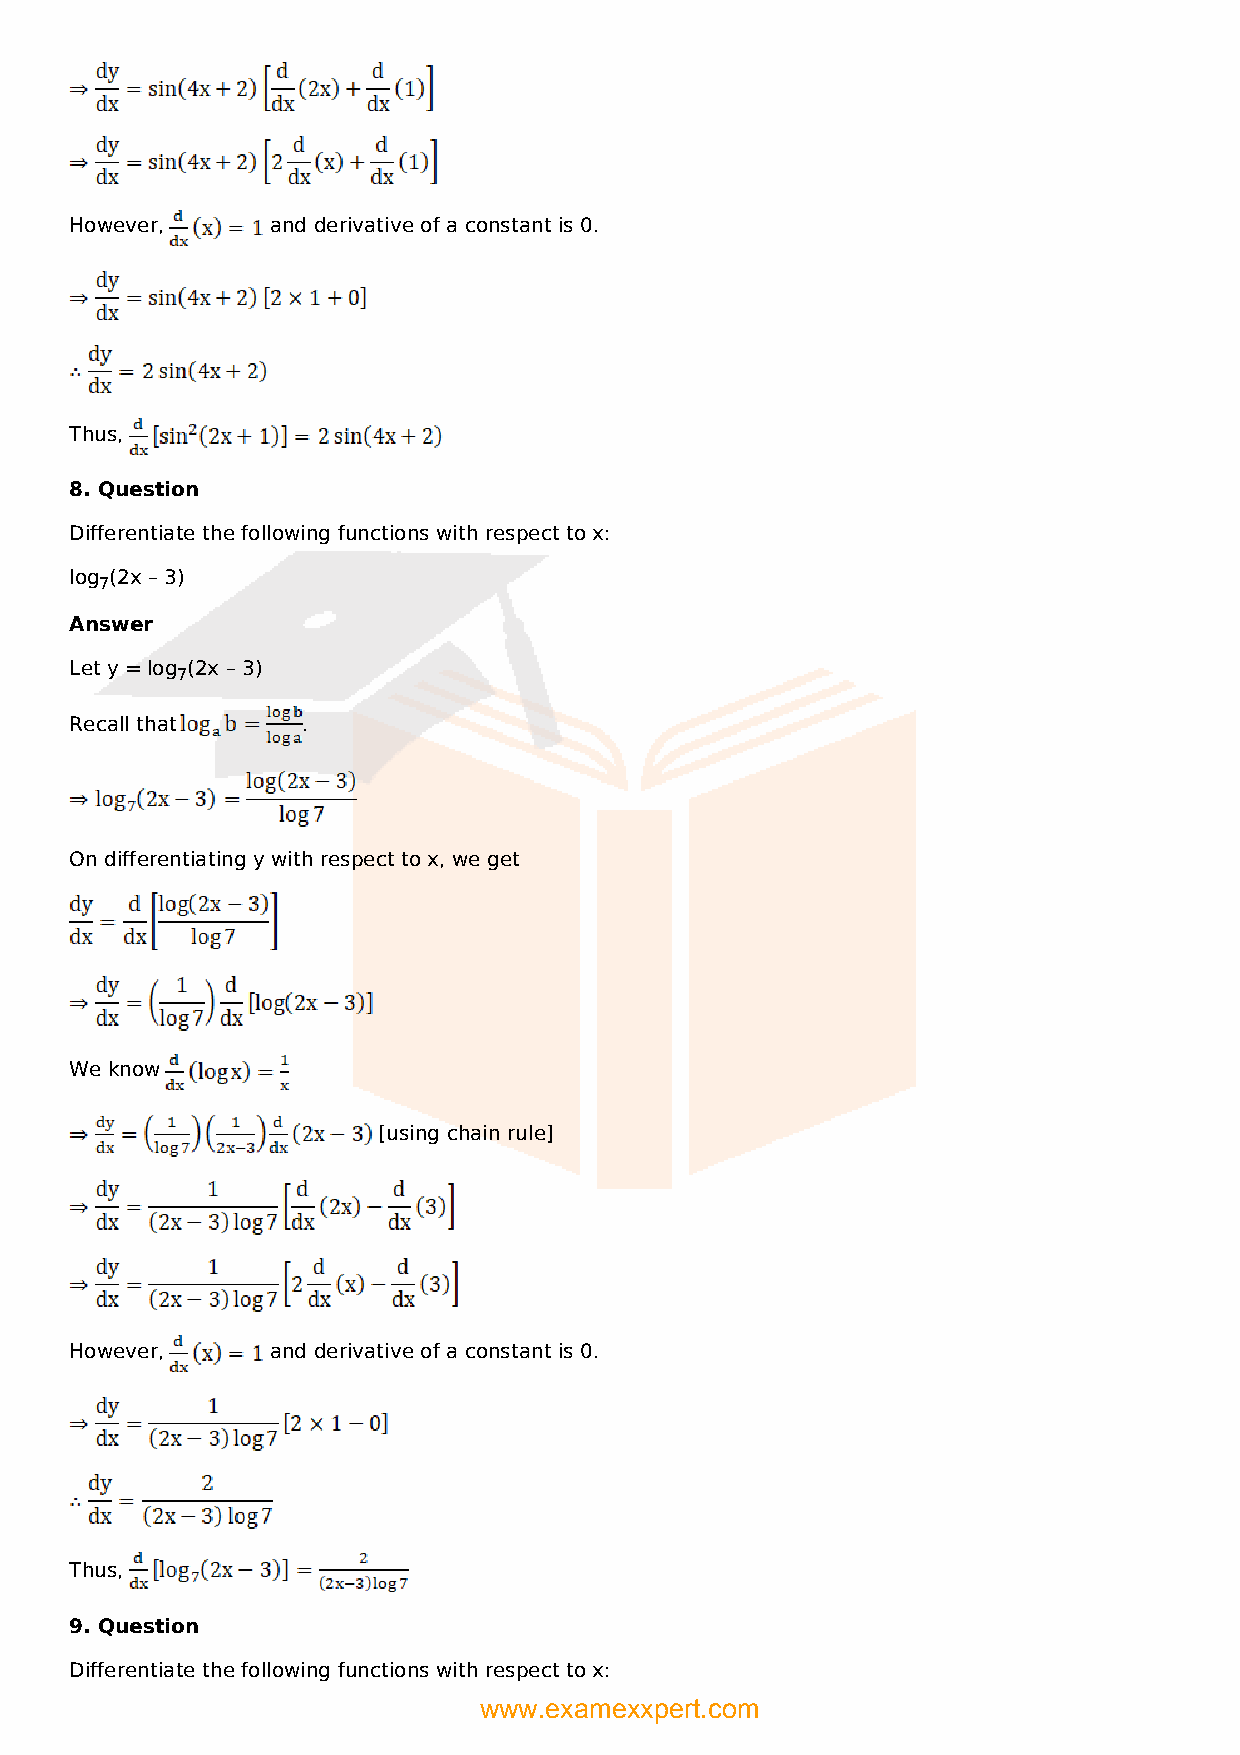
However,     and derivative of a constant is 0.
 Thus,
 8. Question
 Differentiate the following functions with respect to x:
 log (2x – 3)
 7
 Answer
 Let y = log (2x – 3)
 7
 Recall that    .
 On differentiating y with respect to x, we get
 We know
 [using chain rule]
 However,     and derivative of a constant is 0.
 Thus,
 9. Question
 Differentiate the following functions with respect to x:
 www.examexxpert.com